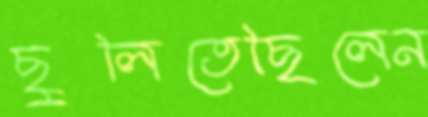
ছুলিতেছিলেন